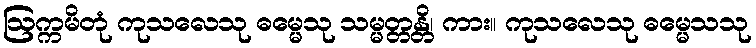
ဩက္ကမိတုံ ကုသလေသု ဓမ္မေသု သမ္မတ္တန္တိ၊ ကား။ ကုသလေသု ဓမ္မေသသု